Report on horse surra - Volume II, Part II
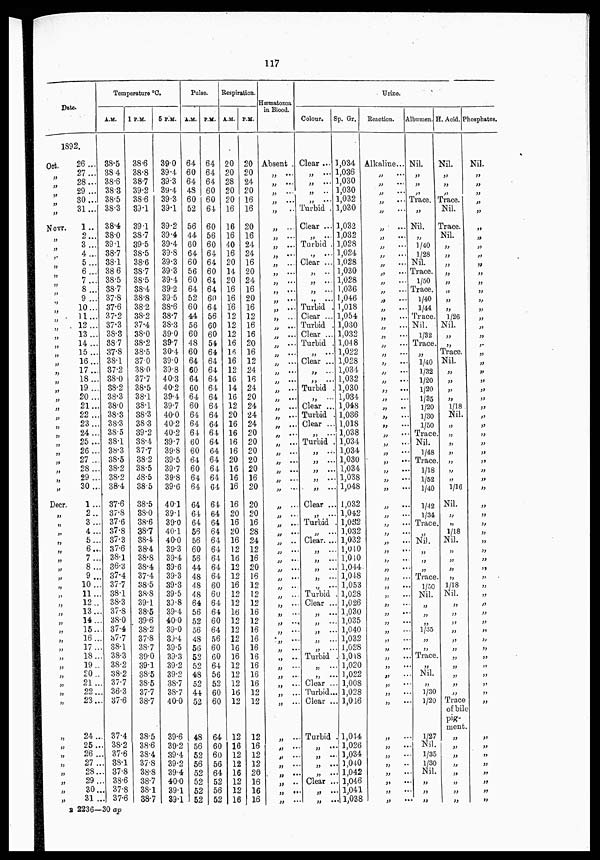
117
Date.
1892.
Oct.
„
„
„
„
„
„
Novr.
„
„
„
„
„
„
„
„
„
„
„
„
„
„
„
„
„
„
„
„
„
„
„
„
„
„
„
„
„
Decr.
„
„
„
„
„
„
„
„
„
„
„
„
„
„
„
„
„
„
„
„
„
„
„
„
„
„
„
„
„
„
26...
27...
28...
29...
30...
31...
1..
2...
3...
4...
5...
6...
7...
8...
9 ...
10...
11...
12...
13...
14...
15 ...
16...
17...
18...
19...
20..
21..
22 ..
23..
24..
25..
26..
27 ..
28..
29..
30..
1...
2...
3...
4...
5...
6...
7...
8...
9...
10...
11...
12...
13...
14...
15...
16...
17...
18...
19...
20...
21...
22...
23...
24...
25...
26...
27...
28...
29...
30...
31...
Temperature °C.
A.M.
38.5
38.4
38.6
38.3
38.5
38.3
38.4
38.0
39.1
38.7
38.1
38.6
38.5
38.7
37.8
37.6
37.2
37.3
38.3
38.7
37.8
38.1
37.2
38.0
38.2
38.3
38.0
38.3
38.3
38.5
38.1
38.3
38.5
38.2
38.8
38.4
37.6
37.8
37.6
37.8
37.3
37.6
38.1
36.3
37.4
37.7
38.1
38.3
37.8
38.0
37.4
37.7
38.1
38.3
38.2
38.2
37.7
36.3
37.6
37.4
38.2
37.6
38.1
37.8
38.6
37.8
37.6
1 P.M.
38.6
38.8
38.7
39.2
38.6
39.1
39.1
38.7
39.5
38.5
38.6
38.7
38.5
38.4
38.8
38.2
38.2
37.4
38.0
38.2
38.5
37.0
38.0
37.7
38.5
38.1
38.1
38.3
38.3
39.2
38.4
37.7
38.2
38.5
38.5
38.5
38.5
38.0
38.6
38.7
38.4
38.4
38.8
38.4
37.4
38.5
38.8
39.1
38.5
39.6
38.2
37.8
38.7
39.0
39.1
38.5
38.5
37.7
38.7
38.5
38.6
38.4
37.8
38.8
38.7
38.1
38.7
5 P.M.
39.0
39.4
39.3
39.4
39.3
39.1
39.2
39.4
39.4
39.8
39.3
39.3
39.4
39.2
39.5
38.6
38.7
38.3
39.0
39.7
30.4
39.0
39.8
40.3
40.2
39.4
39.7
40.0
40.2
40.2
39.7
39.8
39.5
39.7
39.8
39.6
40.1
39.1
39.0
40.1
40.0
39.3
39.4
39.6
39.3
39.3
39.5
39.8
39.4
40.0
39.0
39.4
39.5
39.3
39.2
39.2
38.7
38.7
40.0
39.6
39.2
39.4
39.2
39.4
40.0
39.1
39.1
Pulse.
A.M.
64
60
64
48
60
52
56
44
60
64
60
56
60
64
52
60
44
56
60
48
60
64
60
64
60
64
60
64
64
64
60
60
64
60
64
64
64
64
64
56
56
60
56
44
48
48
48
64
56
52
56
48
56
52
52
48
52
44
52
48
56
52
56
52
52
52
52
P.M.
64
64
64
60
60
64
60
56
60
64
64
60
64
64
60
64
56
60
60
54
64
64
64
64
64
64
64
64
64
64
64
64
64
64
64
64
64
64
64
64
64
64
64
64
64
60
60
64
64
60
64
56
60
60
64
56
52
60
60
64
60
60
56
64
52
56
52
Respiration.
A.M.
20
20
28
20
20
16
16
16
40
16
20
14
20
16
16
16
12
12
12
16
16
16
12
16
14
16
12
20
16
16
16
16
20
16
16
16
16
20
16
20
16
12
16
12
12
16
12
12
16
12
12
12
16
16
12
12
12
16
12
12
16
12
12
16
12
12
16
P.M.
20
20
24
20
16
16
20
16
24
24
16
20
24
16
20
16
12
16
16
20
16
12
24
16
24
20
24
24
24
20
20
20
20
20
16
20
20
20
16
28
24
12
16
20
16
12
12
12
16
12
16
16
16
16
16
16
16
12
12
12
16
12
12
20
16
16
16
Hæmatozoa
in Blood.
Absent .
„ ...
„ ...
„ ...
„ ...
„ ...
„ ...
„ ...
„ ...
„ ...
„ ...
„ ...
„ ...
„ ...
„ ...
„ ...
„ ...
„ ...
„ ...
„ ...
„ ...
„ ...
„ ...
„ ...
„ ...
„ ...
„ ...
„ ...
„ ...
„ ...
„ ...
„ ...
„ ...
„ ...
„ ...
„ ...
„ ...
„ ...
„ ...
„ ...
„ ...
„ ...
„ ...
„ ...
„ ...
„ ...
„ ...
„ ...
„ ...
„ ...
„ ...
„ ...
„ ...
„ ...
„ ...
„ ...
„ ...
„ ...
„ ...
„ ...
„ ...
„ ...
„ ...
„ ...
„ ...
„ ...
„ ...
Urine.
Colour.
Clear ...
„ ...
„ ...
„ ...
„ ...
Turbid .
Clear ...
„ ...
Turbid
„ ...
Clear ..
„ ...
„ ...
„ ...
„ ...
Turbid
Clear ..
Turbid
Clear ..
Turbid
„ ...
Clear ..
„ ...
„ ...
Turbid
„ ...
Clear ..
Turbid
Clear .
„ ...
. Turbid
„ ...
„ ...
„ ...
„ ...
„ ...
Clear .
„ ...
.. Turbid
„ ...
Clear. .
„ ...
„ ...
„ ...
„ ...
„ ...
Turbid
Clear
„ ...
„ ...
„ ...
„ ...
„ ...
.. Turbid
„ ...
„ ...
.. Clear
.. Turbid
.. Clear
.. Turbid
„ ...
„ ...
„ ...
„ ...
Clear
„ ...
„ ...
Sp. Gr.
1,034
1,036
1,030
1,030
1,032
1,030
1,032
1,032
1,028
1,024
1,028
1,030
1,028
1,036
1,046
1,018
1,054
1,030
1,032
1,048
1,022
1,028
1,034
1,032
1,030
1,034
1,048
1,036
1,018
1,038
1,034
1,034
1,030
1,034
1,038
1,048
1,032
1,042
1,052
1,032
1,032
1,040
1,040
1,044
1,048
1,053
1,028
1,026
1,030
1,035
1,040
1,032
1,028
1,018
1,020
1,022
1,008
1,028
1,046
1,044
1,026
1,034
1,040
1,042
1,046
1,041
1,038
Reaction.
Alkaline..
„ ...
„ ...
„ ...
„ ...
„ ...
„ ...
„ ...
„ ...
„ ...
„ ...
„ ...
„ ...
„ ...
„ ...
„ ...
„ ...
„ ...
„ ...
„ ...
„ ...
„ ...
„ ...
„ ...
„ ...
„ ...
„ ...
„ ...
„ ...
„ ...
„ ...
„ ...
„ ...
„ ...
„ ...
„ ...
„ ...
„ ...
„ ...
„ ...
„ ...
„ ...
„ ...
„ ...
„ ...
„ ...
„ ...
„ ...
„ ...
„ ...
„ ...
„ ...
„ ...
„ ...
„ ...
„ ...
„ ...
„ ...
„ ...
„ ...
„ ...
„ ...
„ ...
„ ...
„ ...
„ ...
„ ...
Albumen.
Nil.
„
„
„
Trace.
„
Nil.
„
1/40
1/28
Nil.
Trace.
1/50
Trace.
1/40
1/44
Trace.
Nil.
1/32
Trace
„
1/40
1/32
1/20
1/20
1/35
1/20
1/30
1/50
Trace
Nil.
1/48
Trace
1/18
1/52
1/40
1/42
1/34
Trace.
„
Nil.
„
„
„
Trace.
1/50
Nil.
„
„
1/35
„
„
Trace
„
Nil.
„
1/30
1/20
1/27
Nil
1/35
1/30
Nil.
„
„
„
H. Acid.
Nil.
„
„
„
Trace.
Nil.
Trace.
Nil.
„
„
„
„
„
„
„
„
1/26
Nil.
„
„
Trace
Nil.
„
„
„
„
1/18
Nil
„
„
„
„
„
„
„
1/16
Nil.
„
„
1/18
Nil.
„
„
„
„
1/18
Nil.
„
„
„
„
„
„
„
„
„
„
„
Trace
of bile
pig-
ment.
„
„
„
„
„
„
„
„
Phosphates.
Nil.
„
„
„
„
„
„
„
„
„
„
„
„
„
„
„
„
„
„
„
„
„
„
„
„
„
„
„
„
„
„
„
„
„
„
„
„
„
„
„
„
„
„
„
„
„
„
„
„
„
„
„
„
„
„
„
„
„
„
„
„
„
„
„
„
„
„
B 2236—30 ap